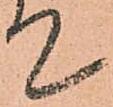
て